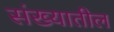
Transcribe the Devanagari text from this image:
संख्यातील